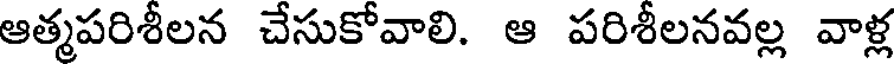
ఆత్మపరిశీలన చేసుకోవాలి. ఆ పరిశీలనవల్ల వాళ్ల